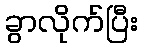
ခွာလိုက်ပြီး